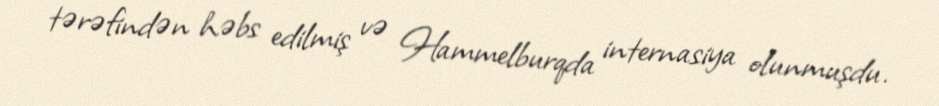
tərəfindən həbs edilmiş və Hammelburqda internasiya olunmuşdu.